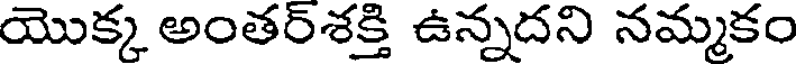
యొక్క అంతర్శక్తి ఉన్నదని నమ్మకం